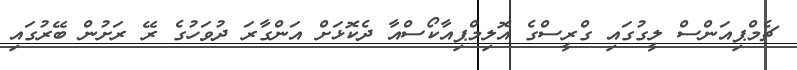
ޗެމްޕިއަންސް ލީގުގައި ގްރީސްގެ އޮލިމްޕިއާކޯސްއާ ދެކޮޅަށް އަންގާރަ ދުވަހުގެ ރޭ ރަށުން ބޭރުގައި